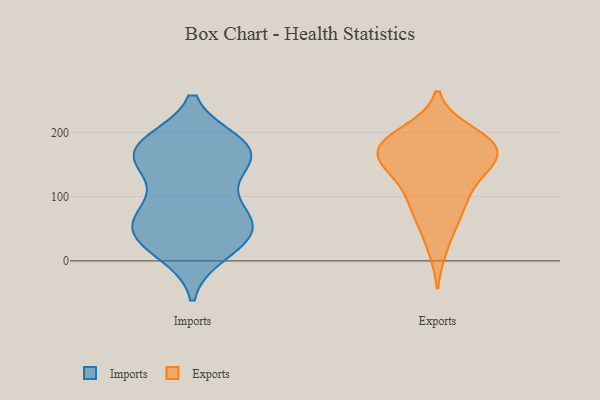
{"axis": {"x": "Inventory Turnover", "y": "Value"}, "legend": ["Exports", "Imports"], "data": [{"x": "", "y": 26, "type": "Imports"}, {"x": "", "y": 53, "type": "Imports"}, {"x": "", "y": 174, "type": "Imports"}, {"x": "", "y": 155, "type": "Imports"}, {"x": "", "y": 14, "type": "Imports"}, {"x": "", "y": 77, "type": "Imports"}, {"x": "", "y": 34, "type": "Imports"}, {"x": "", "y": 168, "type": "Imports"}, {"x": "", "y": 174, "type": "Imports"}, {"x": "", "y": 178, "type": "Imports"}, {"x": "", "y": 76, "type": "Imports"}, {"x": "", "y": 163, "type": "Imports"}, {"x": "", "y": 38, "type": "Imports"}, {"x": "", "y": 182, "type": "Imports"}, {"x": "", "y": 55, "type": "Imports"}, {"x": "", "y": 75, "type": "Imports"}, {"x": "", "y": 132, "type": "Imports"}, {"x": "", "y": 141, "type": "Exports"}, {"x": "", "y": 108, "type": "Exports"}, {"x": "", "y": 147, "type": "Exports"}, {"x": "", "y": 200, "type": "Exports"}, {"x": "", "y": 97, "type": "Exports"}, {"x": "", "y": 70, "type": "Exports"}, {"x": "", "y": 140, "type": "Exports"}, {"x": "", "y": 180, "type": "Exports"}, {"x": "", "y": 195, "type": "Exports"}, {"x": "", "y": 157, "type": "Exports"}, {"x": "", "y": 184, "type": "Exports"}, {"x": "", "y": 167, "type": "Exports"}, {"x": "", "y": 174, "type": "Exports"}, {"x": "", "y": 21, "type": "Exports"}, {"x": "", "y": 181, "type": "Exports"}, {"x": "", "y": 70, "type": "Exports"}]}